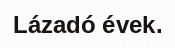
Lázadó évek.